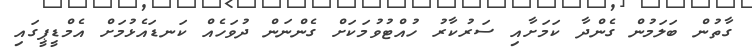
ގާތުން ބަލަމުން ގެންދާ ކަމަށާއި ސަރުކާރު ހުއްޓުވުމަކަށް ގެންނަން ދުވަހެއް ކަނޑައެޅުމަށް އެމްޑީޕީގައި